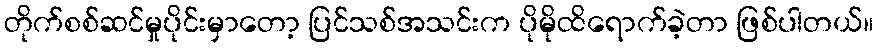
တိုက်စစ်ဆင်မှုပိုင်းမှာတော့ ပြင်သစ်အသင်းက ပိုမိုထိရောက်ခဲ့တာ ဖြစ်ပါတယ်။